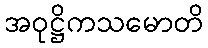
အဝုဋ္ဌိကသမောတိ